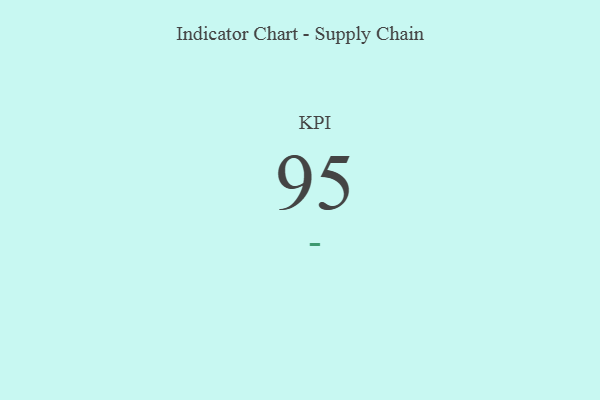
{"axis": {"x": "KPI", "y": "Value"}, "legend": [""], "data": [{"x": "KPI", "y": 95, "type": ""}]}